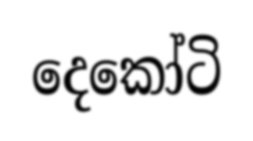
දෙකෝටි